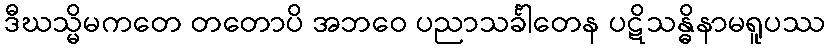
ဒီဃသ္မိမကတေ တတောပိ အဘဝေ ပညာသင်္ခါတေန ပဋိသန္ဓိနာမရူပဿ